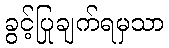
ခွင့်ပြုချက်ရမှသာ